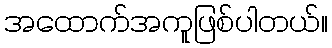
အထောက်အကူဖြစ်ပါတယ်။